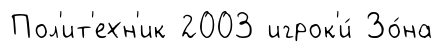
Пол'ит'ехн'ик 2003 игрок'и́ Зо́на